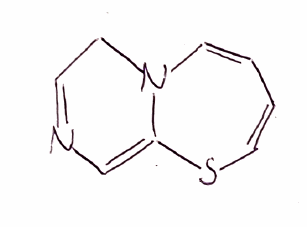
Simplified molecular-input line-entry system (SMILES) notation of the given molecule:
C1C=NC=C2N1C=CC=CS2